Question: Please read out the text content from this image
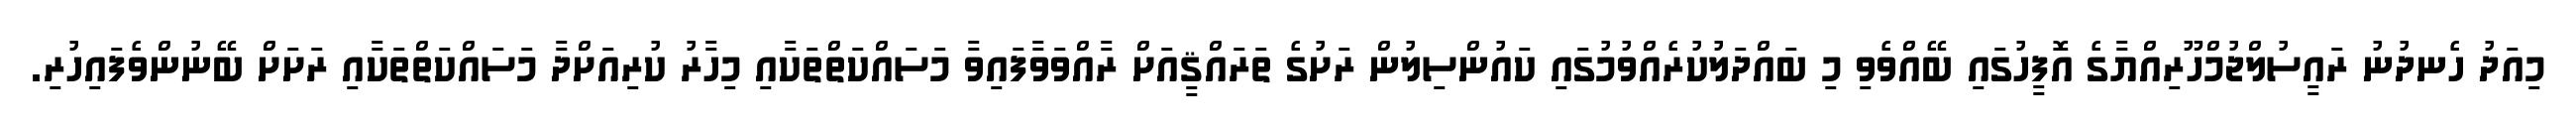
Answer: މިއަދު ހެނދުނު ރައީސުލްޖުމްހޫރިއްޔާގެ އޮފީހުގައި ބޭއްވެވި މި ބައްދަލުކުރެއްވުމުގައި ކައުންސިލުން ރަށުގެ ތަރައްޤީއަށް ރާއްވަވާފައިވާ މަސައްކަތްތަކާއި މިހާރު ކުރިއަށްދާ މަސައްކަތްތަކާއި ރަށަށް ބޭނުންވެފައިހުރި.